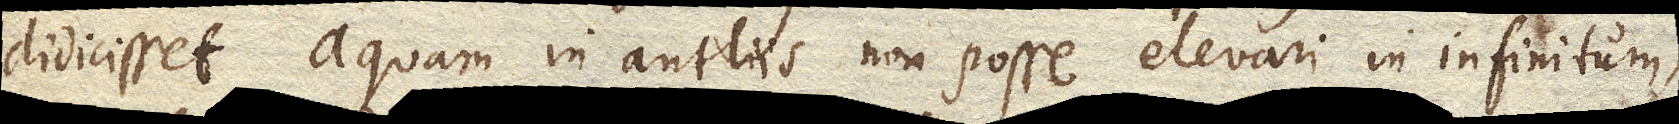
didicisset, aquam in antliis non posse elevari in infinitum,